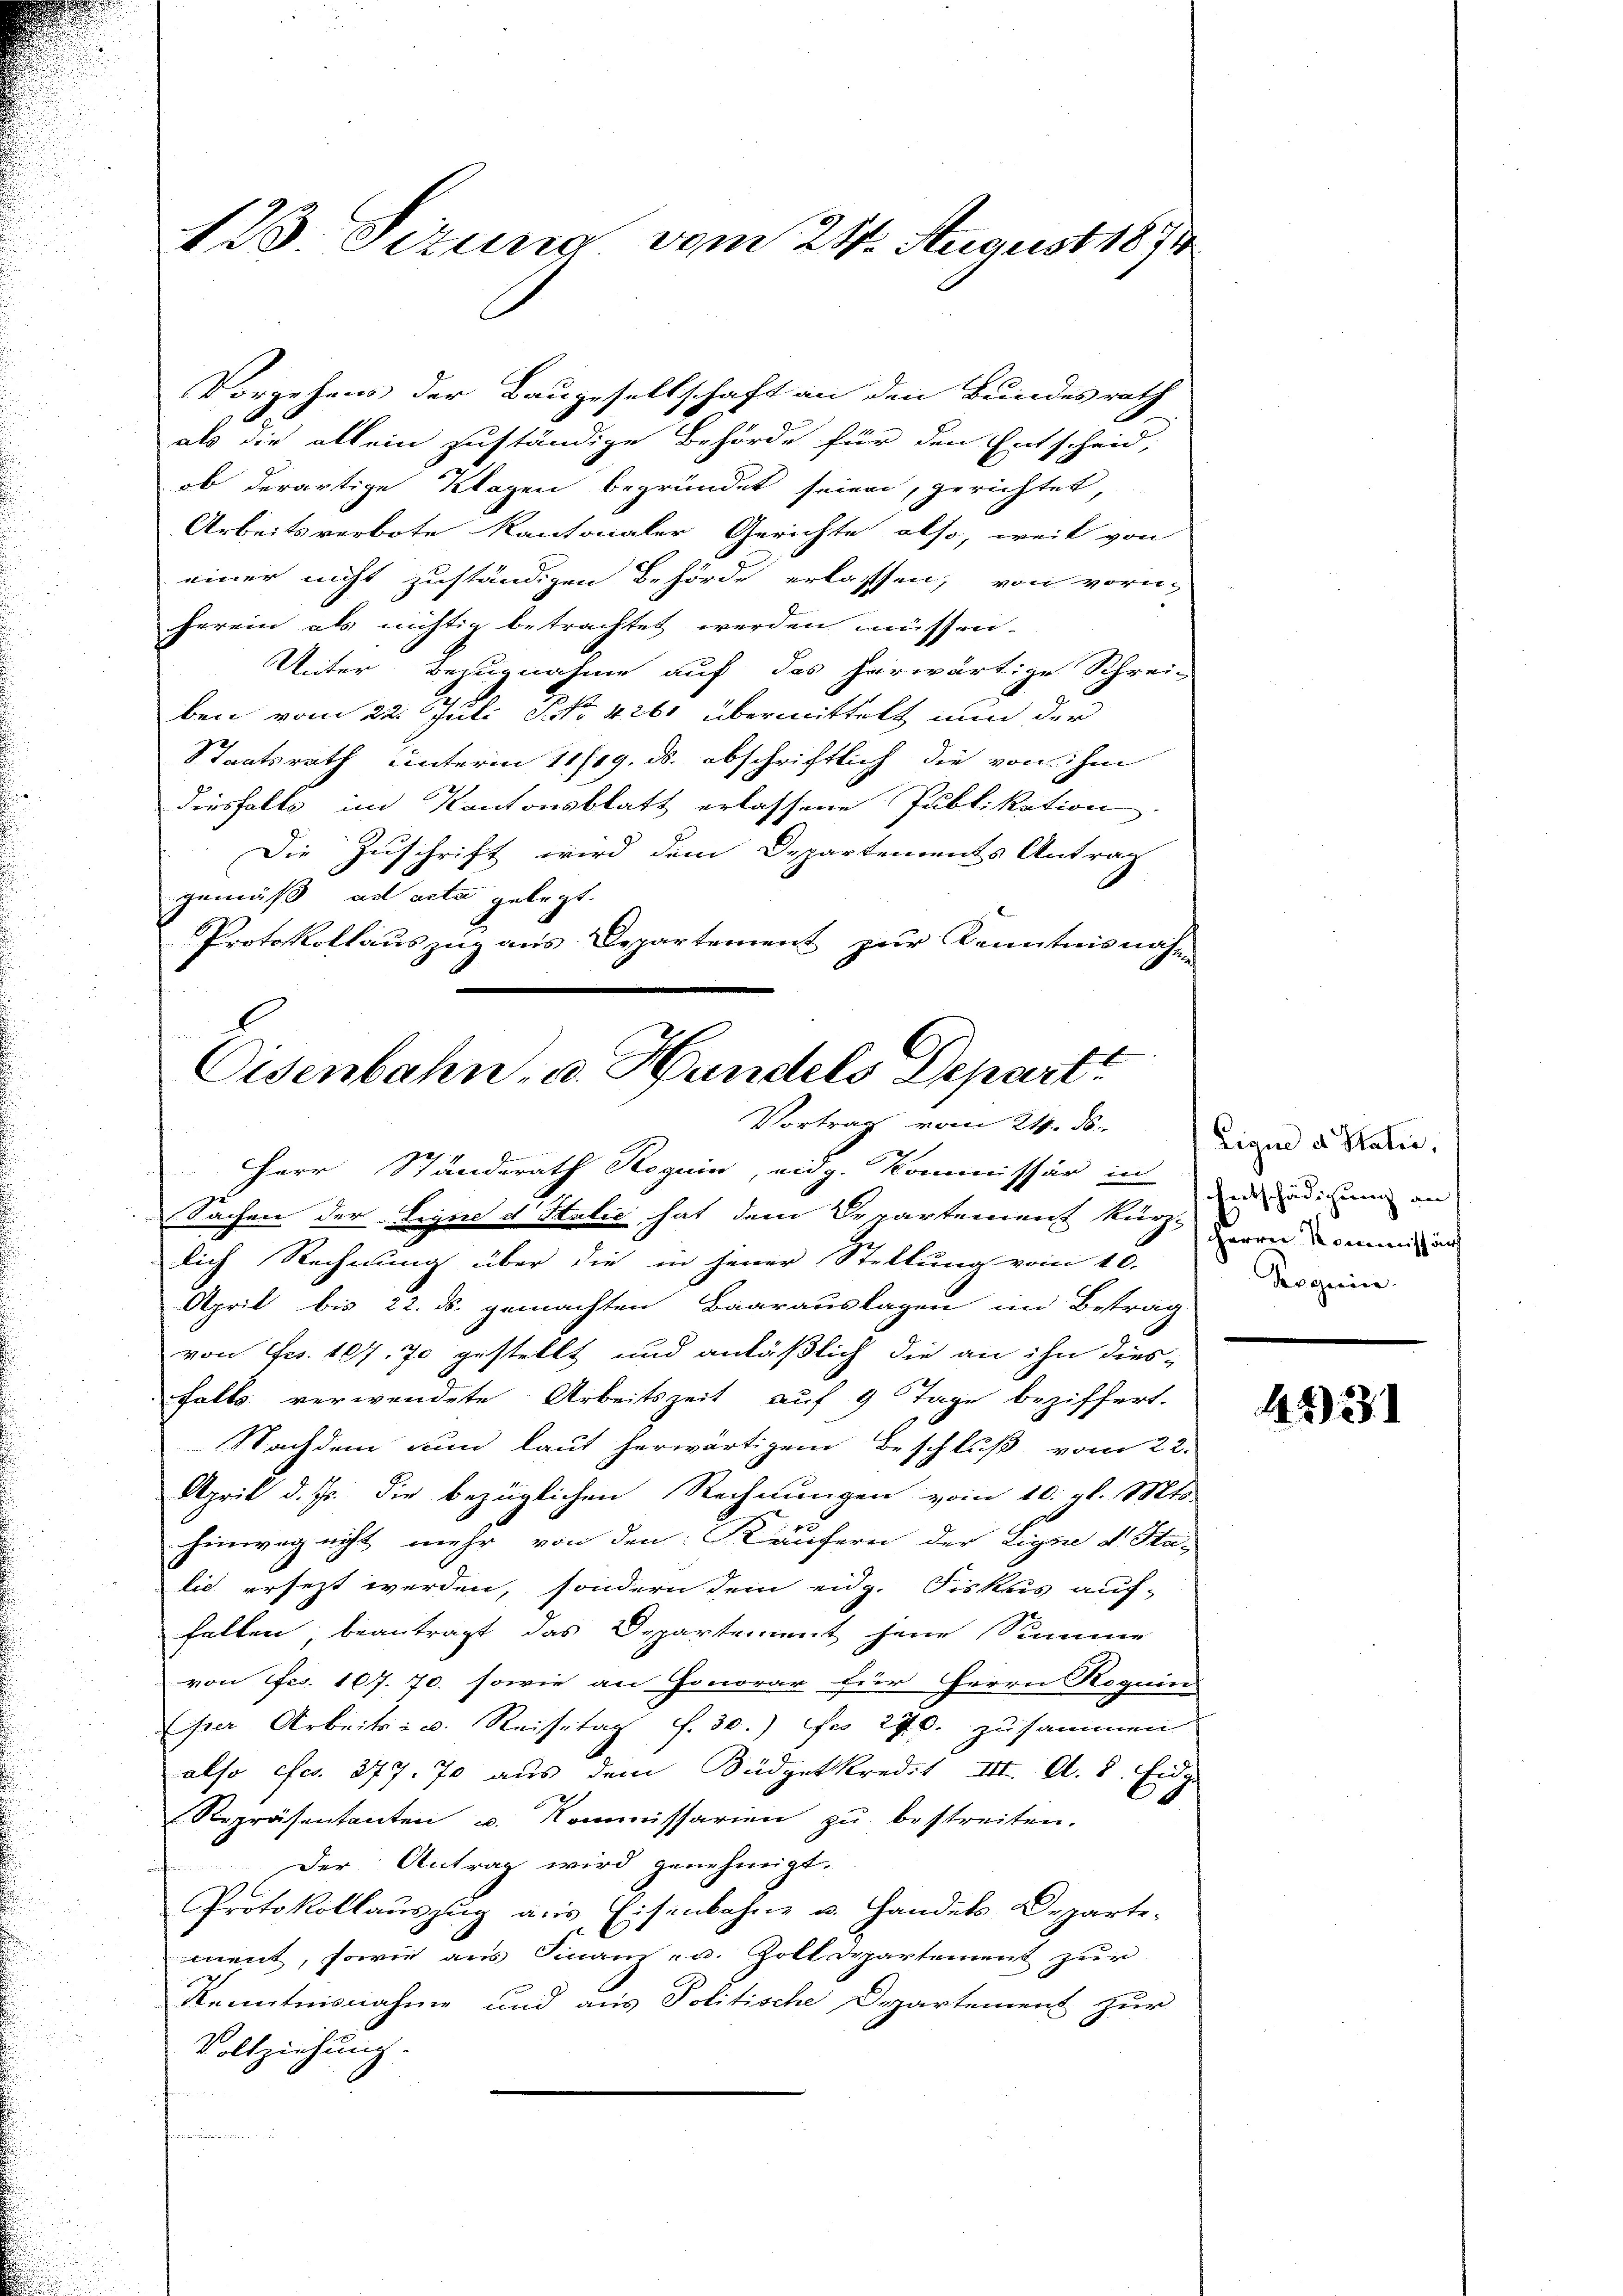
123. Sizung vom 24. August 1874.

Vorgehens der Baugesellschaft an den Bundesrath
als die allein zuständige Behörde für den Entscheid,
ob derartige Klagen begründet seien, gerichtet,
Arbeitsverbote kantonaler Gerichte also, weil von
einer nicht zuständigen Behörde erlassen, von vorn-
herein als nichtig betrachtet werden müssen.
Unter Bezugnahme auf das herwärtige Schrei-
ben vom 22. Juli No 4261 übermittelt nun der
Staatsrath unterm 11/19. ds. abschriftlich die von ihm
diesfalls im Kantonsblatt erlassene Publikation.
Die Zuschrift wird dem Departements Antrag
gemäß ad acta gelegt.
Protokollauszug aus Departement zur Kenntnisnahme

Eisenbahn- u. Handels Depart
Vortrag vom 24. ds.

HHerr Ständerath Roguin, eidg. Kommissär in eredigung an
Sachen der Leyne et Statie, hat dem Departement kurz, davon den und
lich Rechnung über die in jener Stellung vom 16.
April bis 22. ds. gemachten Baarauslagen im Betrag
von Frs. 167. 70 gestellt und anläßlich die an ihn dies-
falls verwendete Arbeitszeit auf 9 Tage beziffert.
Nachdem nun laut herwärtigen Beschluß vom 22.
April d. Js. die bezüglichen Rechnungen vom 10. gl. Mts.
hinweg nicht mehr von den Käufern der Ligne v. Sta-
lic ersezt werden, sondern dem eidg. Fiskus auf-
fallen, beantragt das Departement jene Summe
von Frs. 107. 70. sowie an Honorar für Herrn Roguin
ser Arbeits- u. Reisetag f. 30.) Fr. 270. zusammen
also efcr. 277. 70 aus dem Büdgetkredit III. A. 8. Eidg.
Repräsentanten u. Kommissarien zu bestreiten.
Der Antrag wird genehmigt.
Protokollauszug aus Eisenbahne u. Handels Departe.
ment, sowie aus Finanz- u. Zolldepartement zur
Kenntnisnahme und aus Politische Departement zur
Vollziehung.
e

Eique d Stati,
Arguine

4223